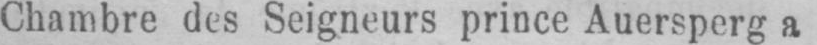
Chambre des Seigneurs prince Auersperg a